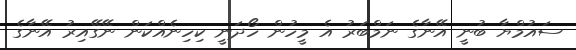
ސައުމްޔާ ބުނީ އޭނާގެ ނަމްބަރު އެ މީހުން ހޯދަނީ ކިހިނެއްކަން ނޭގޭއިރު އޭނާގެ